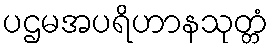
ပဌမအပရိဟာနသုတ္တံ